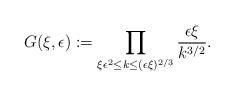
\begin{align*} G(\xi,\epsilon) := \prod_{\xi \epsilon^2\leq k \leq (\epsilon\xi)^{2/3}} \frac{\epsilon \xi}{k^{3/2}}. \end{align*}